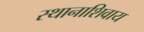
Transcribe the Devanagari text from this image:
स्थानाशिवाय